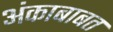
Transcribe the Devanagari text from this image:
अंकाबाबत